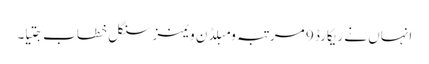
انہاں نے ریکارڈ 9 مرتبہ ومبلڈن ویمنز سنگل خطاب جِتیا۔